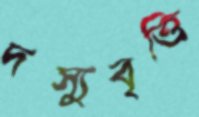
দস্যুবৃত্তি